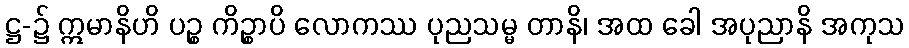
ဋ္ဌ-၌ ဣမာနိဟိ ပဉ္စ ကိဉ္စာပိ လောကဿ ပုညသမ္မ တာနိ၊ အထ ခေါ အပုညာနိ အကုသ